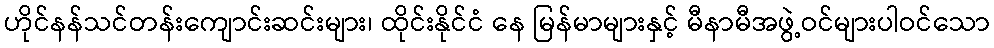
ဟိုင်နန်သင်တန်းကျောင်းဆင်းများ၊ ထိုင်းနိုင်ငံ နေ မြန်မာများနှင့် မီနာမီအဖွဲ့ဝင်များပါဝင်သော